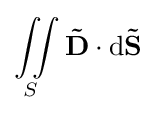
\iint \limits _{S}\mathbf {\vec {D}} \cdot \operatorname {d\mathbf {\vec {S}} }